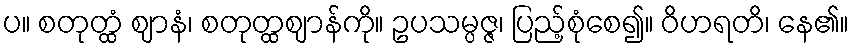
ပ။ စတုတ္ထံ ဈာနံ၊ စတုတ္ထဈာန်ကို။ ဥပသမ္ပဇ္ဇ၊ ပြည့်စုံစေ၍။ ဝိဟရတိ၊ နေ၏။